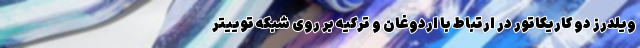
ویلدرز دو کاریکاتور در ارتباط با اردوغان و ترکیه بر روی شبکه توییتر